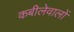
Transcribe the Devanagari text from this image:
कबीलेवालों